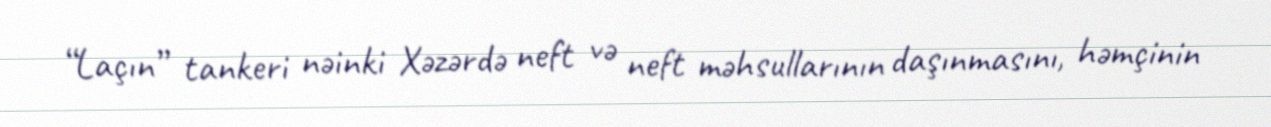
“Laçın” tankeri nəinki Xəzərdə neft və neft məhsullarının daşınmasını, həmçinin